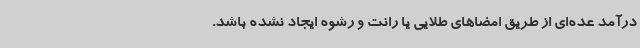
درآمد عده‌ای از طریق امضاهای طلایی یا رانت و رشوه ایجاد نشده باشد.